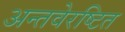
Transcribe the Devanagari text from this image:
अन्तवेरष्टित